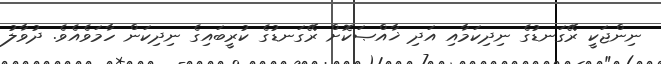
ނިންޖަކީ ރޭގަނޑުގެ ނިދިކަމާއި އަދި ޚާއްޞަކޮށް ރޭގަނޑުގެ ކުރީބައިގެ ނިދިކަން ހާމަވެއެވެ. ދުވާލު